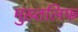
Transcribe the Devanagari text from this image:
मुख्तलिफ